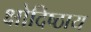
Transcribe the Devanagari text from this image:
क्षोदिष्ठाय